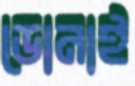
ডোনাই